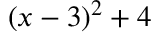
( x - 3 ) ^ { 2 } + 4